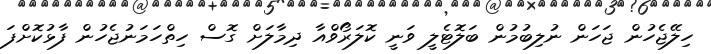
ހިލޭޖެހުން ޖަހަން ނުލިބުމުން ބަލޮޓެލީ ވަނީ ކޮލަރޯވްއާ ދިމާލަށް ގޮސް ހިތްހަމަނުޖެހުން ފާޅުކޮށްފަ